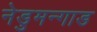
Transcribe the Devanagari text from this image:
नेडुमन्गाड